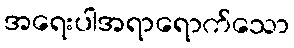
အရေးပါအရာရောက်သော